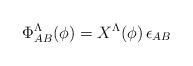
LaTeX: \begin{align*}\Phi^\Lambda_{AB}(\phi) = X^\Lambda(\phi) \, \epsilon _{AB}\end{align*}